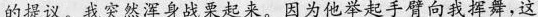
的提议。我突然浑身战粟起来 。因为他举起手臂向我挥舞，这